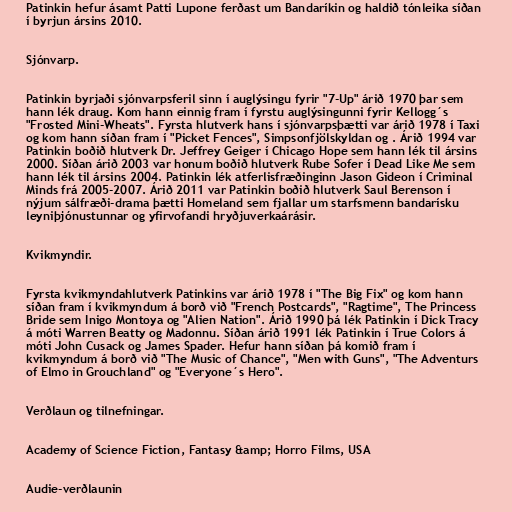
Patinkin hefur ásamt Patti Lupone ferðast um Bandaríkin og haldið tónleika síðan
í byrjun ársins 2010.

Sjónvarp.

Patinkin byrjaði sjónvarpsferil sinn í auglýsingu fyrir "7-Up" árið 1970 þar sem
hann lék draug. Kom hann einnig fram í fyrstu auglýsingunni fyrir Kellogg´s
"Frosted Mini-Wheats". Fyrsta hlutverk hans í sjónvarpsþætti var árið 1978 í Taxi
og kom hann síðan fram í "Picket Fences", Simpsonfjölskyldan og . Árið 1994 var
Patinkin boðið hlutverk Dr. Jeffrey Geiger í Chicago Hope sem hann lék til ársins
2000. Síðan árið 2003 var honum boðið hlutverk Rube Sofer í Dead Like Me sem
hann lék til ársins 2004. Patinkin lék atferlisfræðinginn Jason Gideon í Criminal
Minds frá 2005-2007. Árið 2011 var Patinkin boðið hlutverk Saul Berenson í
nýjum sálfræði-drama þætti Homeland sem fjallar um starfsmenn bandarísku
leyniþjónustunnar og yfirvofandi hryðjuverkaárásir.

Kvikmyndir.

Fyrsta kvikmyndahlutverk Patinkins var árið 1978 í "The Big Fix" og kom hann
síðan fram í kvikmyndum á borð við "French Postcards", "Ragtime", The Princess
Bride sem Inigo Montoya og "Alien Nation". Árið 1990 þá lék Patinkin í Dick Tracy
á móti Warren Beatty og Madonnu. Síðan árið 1991 lék Patinkin í True Colors á
móti John Cusack og James Spader. Hefur hann síðan þá komið fram í
kvikmyndum á borð við "The Music of Chance", "Men with Guns", "The Adventurs
of Elmo in Grouchland" og "Everyone´s Hero".

Verðlaun og tilnefningar.

Academy of Science Fiction, Fantasy &amp; Horro Films, USA

Audie-verðlaunin